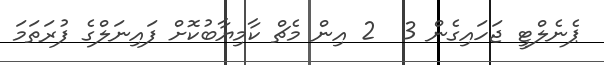
ޕެނެލްޓީ ޖަހައިގެން 3  2 އިން މެޗް ކާމިޔާބުކޮށް ފައިނަލްގެ ފުރަތަމަ